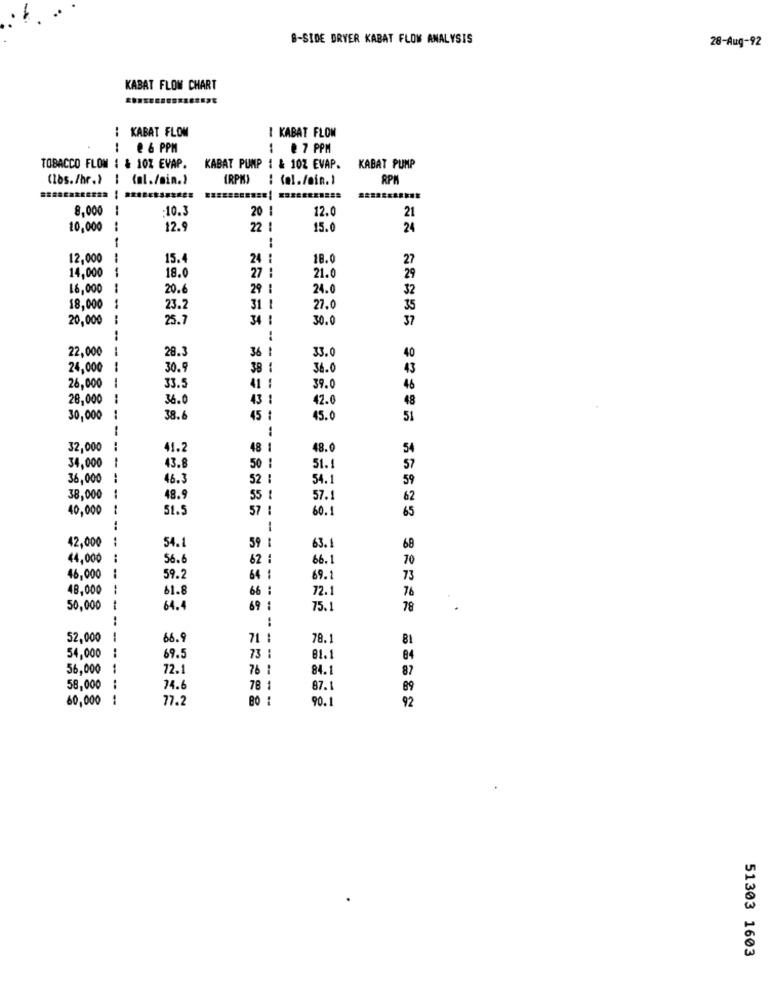
B-SIDE DRYER KABAT FLOW ANALYSIS
28-Aug-92
KABAT FLOW CHART
: KABAT FLOW
1 KABAT FLOW
@ 6 PPM
: € 7 PPM
TOBACCO FLOM : & 10% EVAP.
KABAT PUMP 1 & 10Z EVAP.
KABAT PUMP
(los./hr.) I (al./min.)
(RPM)
8,000
10.
12.0
20
21
10,000
12.9
22 1
15.0
24
--
12,000
15.4
24 :
18.0
27
27
21.0
14,000
---
18.0
29
16,000
20.6
29
24.0
32
18,000
23.2
31 1
27.0
35
20,000
25.7
34 !
30.0
37
22,000
28.
36 1
33.0
40
24,000
1
30.
38 1
36.0
43
26,000
33.5
39.0
41 1
46
28,000
36.
43 1
42.0
48
30,000
38.
45 t
45.0
51
1
32,000
:
41.2
48 1
48.0
54
50 1
34,000
43.8
51.
57
36,000
46.3
52 :
54.1
59
38,000
48.9
55 1
57.
62
40,000
51.5
57 1
60.1
65
--
42,000
1
54.
59
-
63.1
68
44,000
56.6
62
66.1
70
46,000
59.2
64
69.1
73
48,000
61.8
66 :
72.
76
50,000
64.4
69 1
75.1
78
:
52,000
66.9
71 1
78.
81
73 :
54,000
69.5
81.1
84
56,000
72.1
76 1
84.1
87
58,000
24.6
78 1
87.1
89
60,000
77.2
80 :
90.1
92
51303 1603